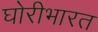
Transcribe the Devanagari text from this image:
घोरीभारत